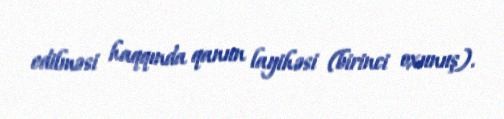
edilməsi haqqında qanun layihəsi (birinci oxunuş).